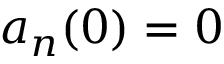
a _ { n } ( 0 ) = 0